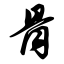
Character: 骨